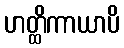
ဟတ္ထိကာယာပိ